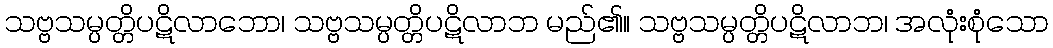
သဗ္ဗသမ္ပတ္တိပဋိလာဘော၊ သဗ္ဗသမ္ပတ္တိပဋိလာဘ မည်၏။ သဗ္ဗသမ္ပတ္တိပဋိလာဘ၊ အလုံးစုံသော